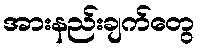
အားနည်းချက်တွေ